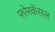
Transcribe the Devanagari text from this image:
फोरकॅसल